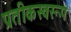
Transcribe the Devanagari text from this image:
प्रतीकस्वरूप